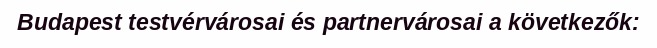
Budapest testvérvárosai és partnervárosai a következők: